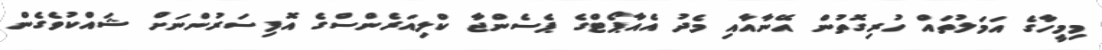
މިމީހާގެ އަމަލުތައް ހުރިގޮތުން އޭނާއާއި މެދު އެއާޕޯޓްގެ ޕެސެންޖާ ކްލިއަރެންސްގެ އޮފިސަރުންނަށް ޝައްކުވެގެން